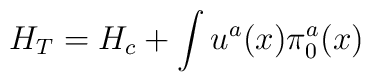
H_T = H_c + \int u^a(x)\pi_0^a(x)